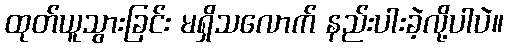
ထုတ်ယူသွားခြင်း မရှိသလောက် နည်းပါးခဲ့လို့ပါပဲ။